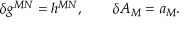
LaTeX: \delta g ^ { M N } = h ^ { M N } , \qquad \delta A _ { M } = a _ { M } .